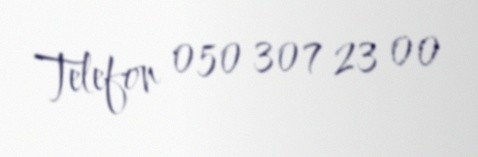
Telefon 050 307 23 00